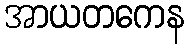
အာယတကေန